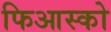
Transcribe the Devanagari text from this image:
फिआस्को